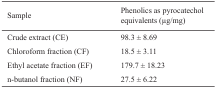
| Sample | Phenolics as pyrocatechol equivalents (μg/mg) |
 | --- | --- |
 | Crude extract (CE) | 98.3 ± 8.69 |
 | Chloroform fraction (CF) | 18.5 ± 3.11 |
 | Ethyl acetate fraction (EF) | 179.7 ± 18.23 |
 | n-butanol fraction (NF) | 27.5 ± 6.22 |